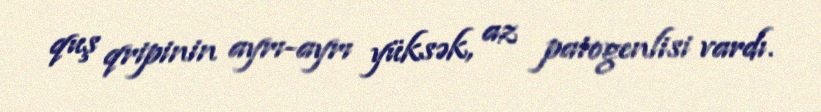
quş qripinin ayrı-ayrı yüksək, az patogenlisi vardı.